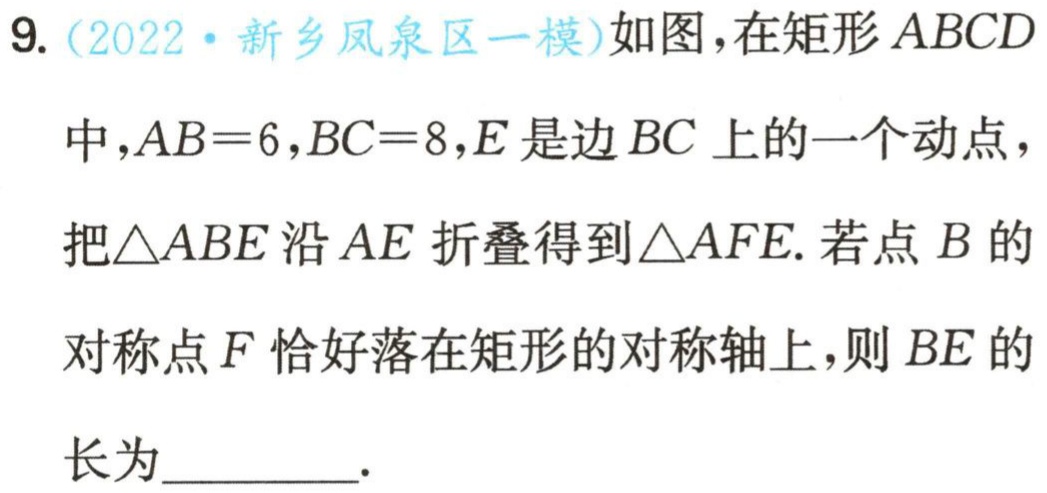
9.（2022·新乡凤泉区一模）如图，在矩形 \(ABCD\) 中，\(AB = 6\)，\(BC = 8\)，\(E\) 是边 \(BC\) 上的一个动点，把\(\triangle ABE\) 沿 \(AE\) 折叠得到\(\triangle AFE\). 若点 \(B\) 的对称点 \(F\) 恰好落在矩形的对称轴上，则 \(BE\) 的长为  .